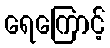
ရေကြောင့်